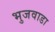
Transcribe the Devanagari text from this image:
भुजवाडा